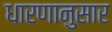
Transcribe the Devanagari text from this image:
धारणानुसार